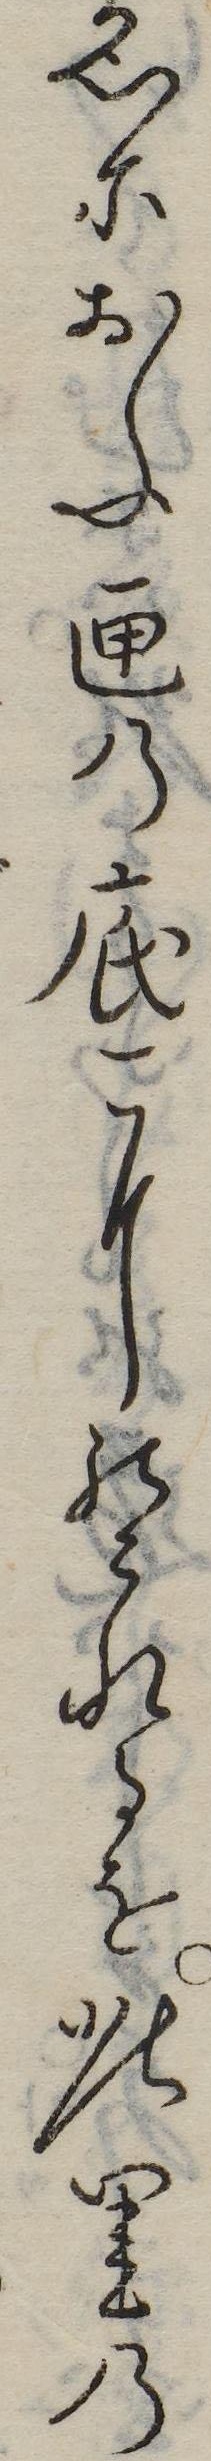
名におふ匣の底にのこれるを此里の